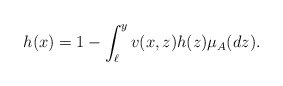
\begin{align*}h(x)=1-\int_{\ell}^y v(x,z)h(z)\mu_A(dz).\end{align*}